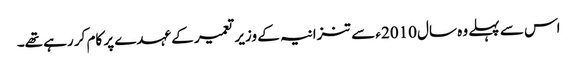
اس سے پہلے وہ سال 2010ء سے تنزانیہ کے وزیر تعمیر کے عہدے پر کام کر رہے تھے۔